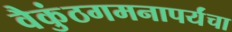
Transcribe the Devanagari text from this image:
वैकुंठगमनापर्यंचा